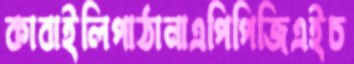
কাবাইলিপাঠানাএপিপিজিএইচ